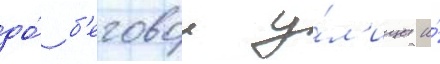
до́ б'еговои у́л'ицы и́